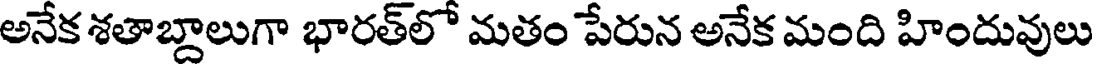
అనేక శతాబ్దాలుగా భారత్లో మతం పేరున అనేక మంది హిందువులు